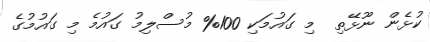
ކުޅެން ނޫޅޭތި  މި ގައުމަކި 100% މުސްލިމު ގައުމެ މި ގައުމުގެ